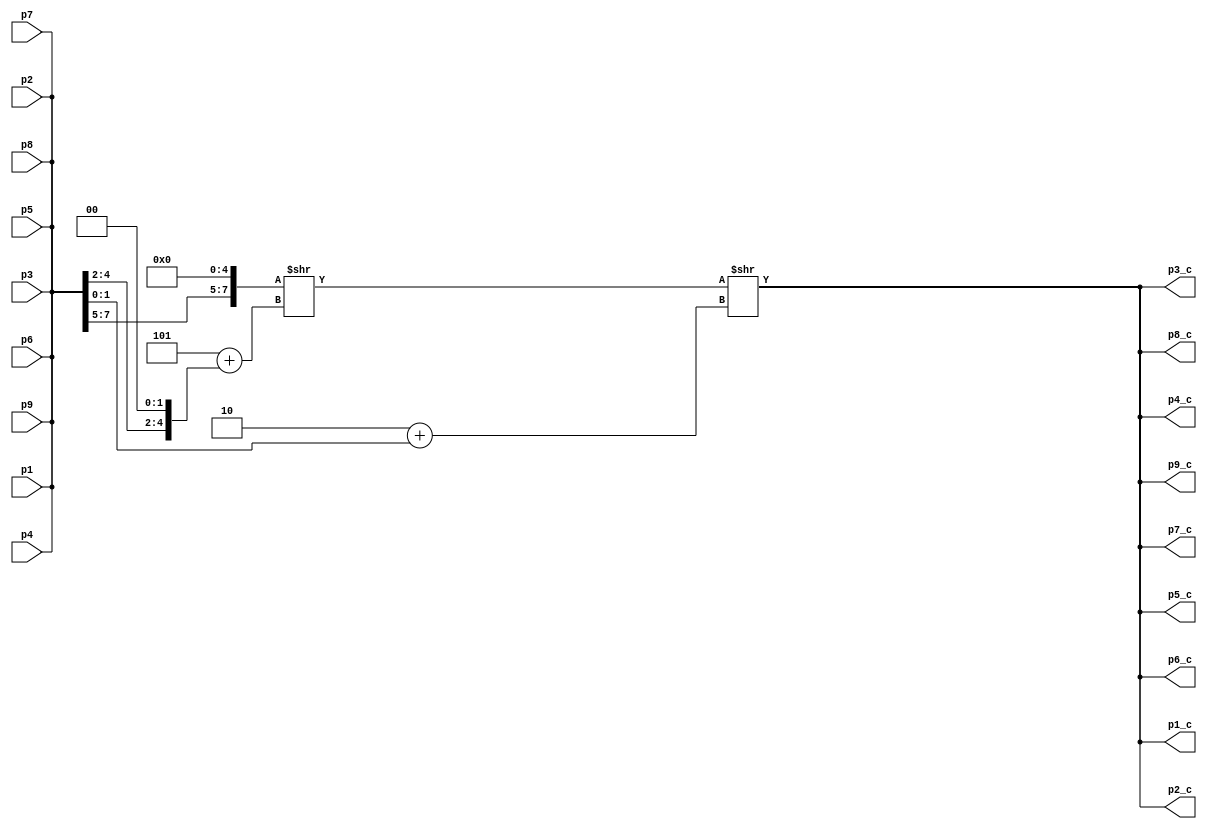
`timescale 1ns / 1ps

module gray_scale_converter(
    input [7:0] p1, p2,p3, p4 , p5, p6, p7, p8, p9,
    output [7:0] p1_c, p2_c,p3_c, p4_c , p5_c, p6_c, p7_c, p8_c, p9_c
    );
    reg [7:0]r,g,r1,r2,g1,g2;
    reg [7:0]b,b1,b2;
    function [7:0]  gray;
    input [7:0] a ;
     begin 
     r={a[7:5],5'b00000};
     g={3'b000,a[4:2],2'b00};
     b={6'b000000,a[1:0]};
//     r1=r>>2;
//     r2=r>>5;
//     g1=g>>1;
//     g2=g>>4;  
//     b1=b>>4;
//     b2=b>>5;
//     gray= r1 + r2 + g1+ g2 + b1 +b2
//     gray = (r * 0.299 + g * 0.587 + b * 0.114);
//b = a & 3;
//g = (a >> 2) & 7;
//r = a >> 5;
gray = r>>5+g>>2+b;
     
     end
endfunction
    
    assign p1_c =gray(p1);
    assign p2_c =gray(p2) ;
    assign p3_c =gray(p3) ;
    assign p4_c =gray(p4) ;
    assign p5_c =gray(p5) ;
    assign p6_c =gray(p6) ;
    assign p7_c =gray(p7) ;
    assign p8_c =gray(p8) ;
    assign p9_c =gray(p9) ;

endmodule